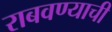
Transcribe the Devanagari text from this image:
राबवण्याची